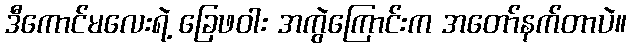
ဒီကောင်မလေးရဲ့ ခြေဖဝါး အကွဲကြောင်းက အတော်နက်တာပဲ။